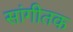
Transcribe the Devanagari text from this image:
सांगीतक